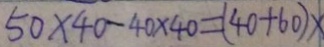
5 0 \times 4 0 - 4 0 \times 4 0 = ( 4 0 + 6 0 ) \times